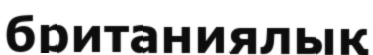
британиялық